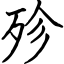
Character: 殄